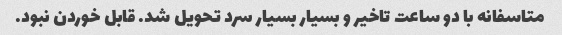
متاسفانه با دو ساعت تاخیر و بسیار بسیار سرد تحویل شد. قابل خوردن نبود.